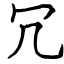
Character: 冗